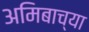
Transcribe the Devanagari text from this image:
अमिबाच्या